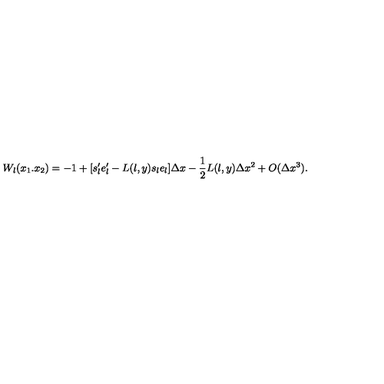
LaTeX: W _ { l } ( x _ { 1 } . x _ { 2 } ) = - 1 + [ s _ { l } ^ { \prime } e _ { l } ^ { \prime } - L ( l , y ) s _ { l } e _ { l } ] \Delta x - \frac { 1 } { 2 } L ( l , y ) \Delta x ^ { 2 } + O ( \Delta x ^ { 3 } ) .